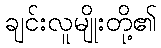
ချင်းလူမျိုးတို့၏